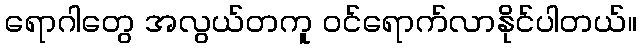
ရောဂါတွေ အလွယ်တကူ ဝင်ရောက်လာနိုင်ပါတယ်။